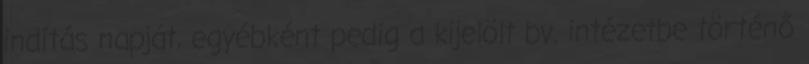
indítás napját, egyébként pedig a kijelölt bv. intézetbe történő